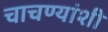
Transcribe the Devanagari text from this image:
चाचण्यांशी